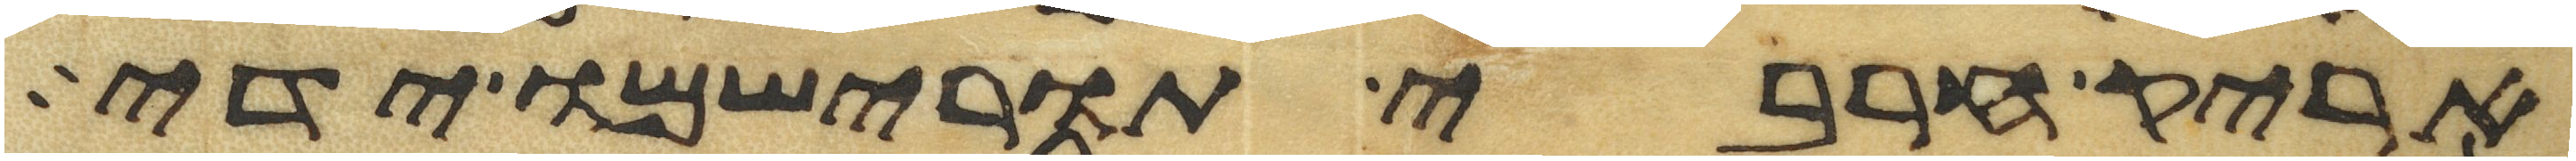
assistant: אריק חרבי תורישמו ידי